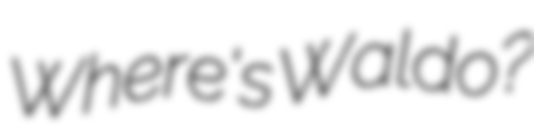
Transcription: Where's Waldo?